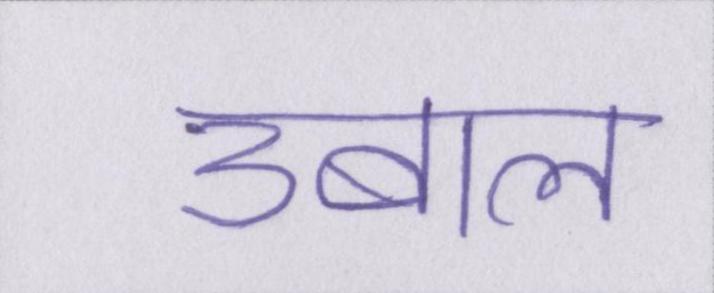
उबाल